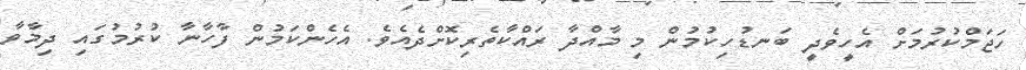
ހަޖަމްކުރުމަށް އެހީވެދީ ބަނޑުހިކުމުން މި މާއްދާ ރައްކާތެރިކޮށްދެއެވެ. އެހެންކަމުން ފާހާނާ ކުރުމުގައި ދިމާވާ